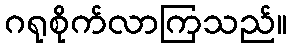
ဂရုစိုက်လာကြသည်။